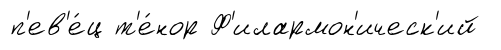
п'ев'е́ц т'е́нор Ф'илармон'ическ'ий